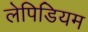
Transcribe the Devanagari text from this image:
लेपिडियम